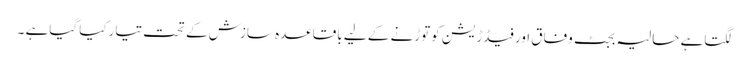
لگتاہے حالیہ بجٹ وفاق اورفیڈڑیشن کوتوڑنے کے لیے باقاعدہ سازش کے تحت تیارکیا گیاہے ۔